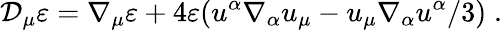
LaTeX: \mathcal{D}_{\mu}\varepsilon=\nabla_{\mu}\varepsilon+4\varepsilon(u^{\alpha}\nabla_{\alpha}u_{\mu}-u_{\mu}\nabla_{\alpha}u^{\alpha}/3)\; .